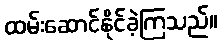
ထမ်းဆောင်နိုင်ခဲ့ကြသည်။